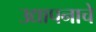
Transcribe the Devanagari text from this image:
उद्यापनाचे